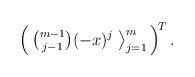
LaTeX: \begin{align*}\left( \, {\textstyle {m-1\choose j-1} } (-x)^j \; \big\rangle_{j=1}^{m} \,\right)^{\!T}.\end{align*}